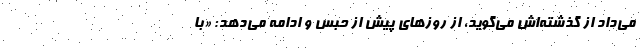
می‌داد از گذشته‌اش می‌گوید، از روزهای پیش از حبس و ادامه می‌دهد: «با